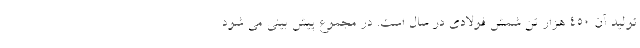
تولید آن 450 هزار تن شمش فولادی در سال است. در مجموع پیش بینی می شود